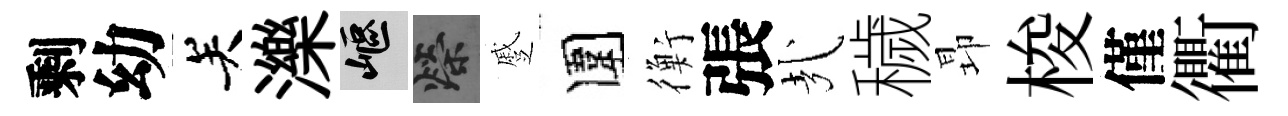
剩幼关濼嶇榮蹙圍衡張㢤穢昻梭僅衢